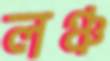
লঞ্চ